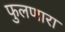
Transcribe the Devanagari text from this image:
फुलणारा